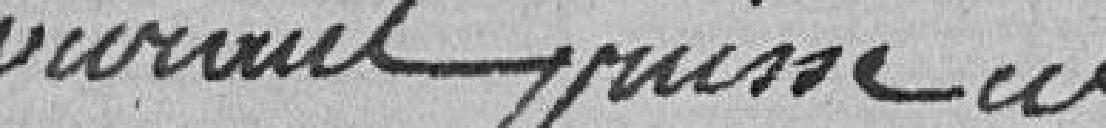
convenu puisse en